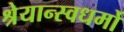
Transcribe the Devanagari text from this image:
श्रेयान्स्वधर्मो